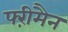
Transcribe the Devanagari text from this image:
फ्ऱीमैन